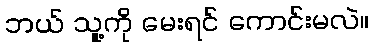
ဘယ် သူ့ကို မေးရင် ကောင်းမလဲ။